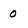
Character: o